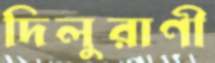
দিলুরাণী